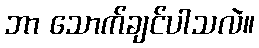
ဘာ သောက်ချင်ပါသလဲ။